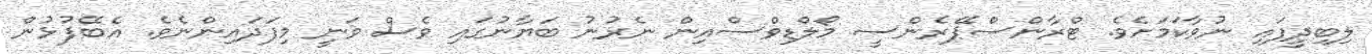
ލިބިދީފައި ނުވާކަމަށެވެ. ޓްރާންސްޕޭރެންސީ މޯލްޑިވްސްއިން ނެރުނު ބަޔާނުގައި ވެސް ވަނީ މިފަދައިންނެވެ. އެބޭފުޅުން